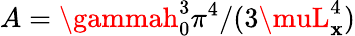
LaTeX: A=\gammah_{0}^{3}\pi^{4}/(3\muL_{\mathbf{x}}^{4})